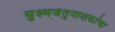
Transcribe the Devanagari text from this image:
सुक्ष्मजंतुनाशकांचा